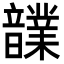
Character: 𩑃